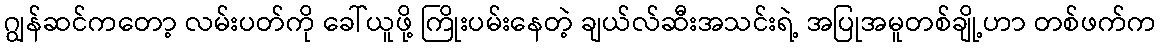
ဂျွန်ဆင်ကတော့ လမ်းပတ်ကို ခေါ်ယူဖို့ ကြိုးပမ်းနေတဲ့ ချယ်လ်ဆီးအသင်းရဲ့ အပြုအမူတစ်ချို့ဟာ တစ်ဖက်က